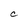
Character: C